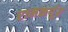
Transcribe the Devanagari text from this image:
रामकर्पूर